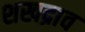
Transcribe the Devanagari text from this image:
शखद्राव